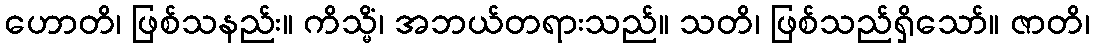
ဟောတိ၊ ဖြစ်သနည်း။ ကိသ္မိံ၊ အဘယ်တရားသည်။ သတိ၊ ဖြစ်သည်ရှိသော်။ ဇာတိ၊